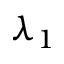
\lambda _ { 1 }